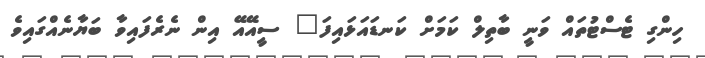
ހިންގި ޓެސްޓުތަައް ވަނީ ބާތިލް ކަމަށް ކަނޑައަޅައިފަ" ސީއޭއޭ އިން ނެރެފައިވާ ބަޔާނެއްގައިވެ